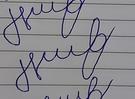
Signature authenticity: forged